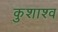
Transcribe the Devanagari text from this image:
कुशाश्व